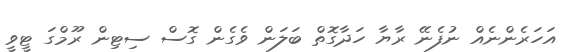
އަހަރެންނެއް ނުފެނޭ ރާޔާ ހަދާގޮތް ބަލަން ވެގެން ގޮސް ސިޓިން ރޫމްގަ ޓީވީ